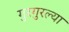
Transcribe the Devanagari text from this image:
गुरगुरल्या